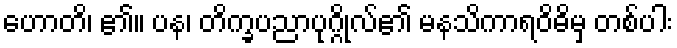
ဟောတိ၊ ၏။ ပန၊ တိက္ခပညာပုဂ္ဂိုလ်၏ မနသိကာရဝိဓိမှ တစ်ပါး